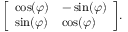
{ \left[ \begin{array} { l l } { \cos ( \varphi ) } & { - \sin ( \varphi ) } \\ { \sin ( \varphi ) } & { \cos ( \varphi ) } \end{array} \right] } .